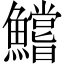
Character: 鱨